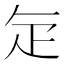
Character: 𭻾